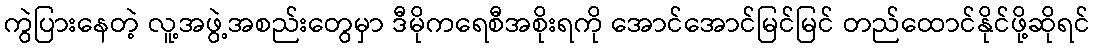
ကွဲပြားနေတဲ့ လူ့အဖွဲ့အစည်းတွေမှာ ဒီမိုကရေစီအစိုးရကို အောင်အောင်မြင်မြင် တည်ထောင်နိုင်ဖို့ဆိုရင်